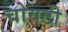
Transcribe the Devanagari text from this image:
चोयटी